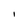
Character: l